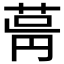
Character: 𦱫